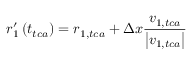
\boldsymbol { r } _ { 1 } ^ { \prime } \left( t _ { t c a } \right) = \boldsymbol { r } _ { 1 , t c a } + \Delta x \frac { \v { v } _ { 1 , t c a } } { \left| \v { v } _ { 1 , t c a } \right| }